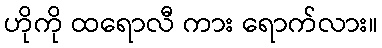
ဟိုကို ထရောလီ ကား ရောက်လား။